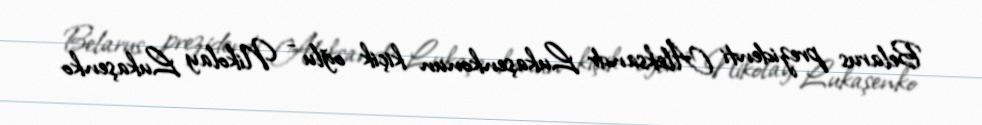
Belarus prezidenti Aleksandr Lukaşenkonun kiçik oğlu - Nikolay Lukaşenko